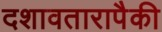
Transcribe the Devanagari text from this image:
दशावतारापैकी